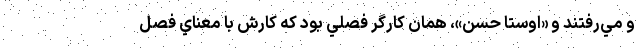
و مي‌رفتند و «اوستا حسن»، همان كارگر فصلي بود كه كارش با معناي فصل